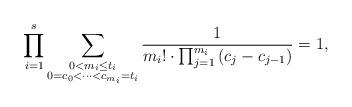
LaTeX: \begin{align*} \prod_{i=1}^s \sum_{ \substack{ 0 < m_i \leq t_i \\ 0 = c_0 < \cdots < c_{m_i} = t_i } } \frac{1}{m_i! \cdot \prod_{j=1}^{m_i} {} (c_j - c_{j-1})} = 1, \end{align*}